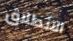
الانطلاق